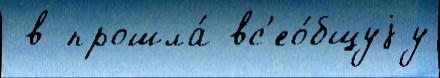
 в прошла́ вс'ео́бщуjу